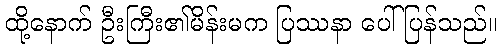
ထို့နောက် ဦးကြီး၏မိန်းမက ပြဿနာ ပေါ်ပြန်သည်။